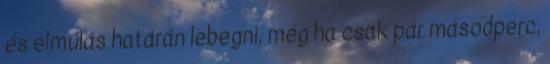
és elmúlás határán lebegni, még ha csak pár másodperc,